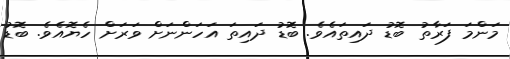
މަންމަ ފަރާތު ބޮޑު ދައިތައެވެ. ބަޮޑު ދައިތަ އަހަންނަށް ވަރަށް ހެޔޮއެވެ. ބޮޑު